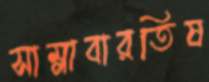
সাম্‌লাবারতিষ